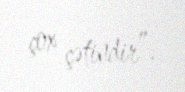
çox çətindir”.